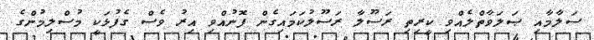
ސަލާމާއި ޞަލަވާތްލެއްވި ކީރިތި ރަސޫލާ ރަސޫލުކަމައިގެން ފޮނުއްވި އިރު ވެސް ގެފުޅަކީ މުސްލިމުންގެ